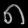
Digit: ၈